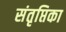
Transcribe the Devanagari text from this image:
संतृप्तिका